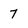
Character: 7